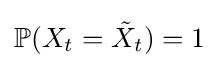
\mathbb {P} (X_{t}={\tilde {X}}_{t})=1